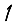
Digit: 1